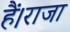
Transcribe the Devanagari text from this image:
हैं।राजा